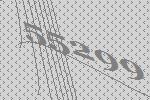
55299